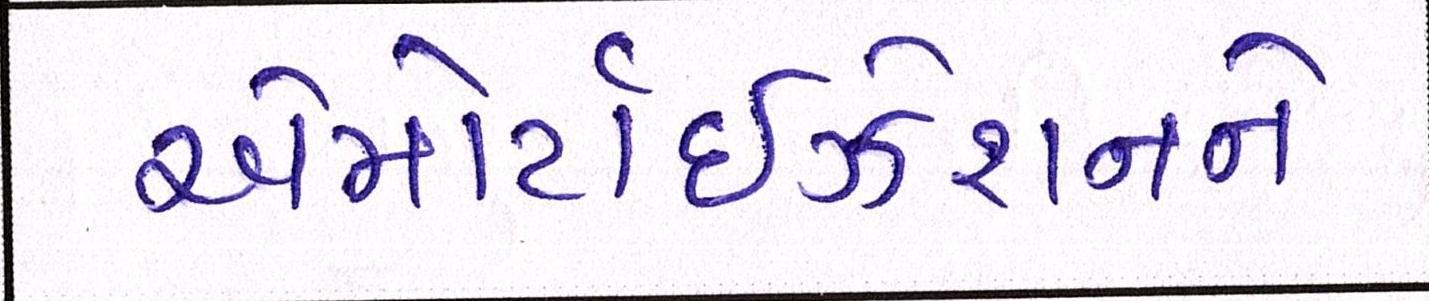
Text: એમોર્ટાઇઝેશનને